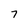
Character: 7